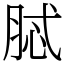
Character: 脦